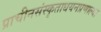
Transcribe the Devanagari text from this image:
प्राचीनसंस्कृताधयनप्रणाल्या